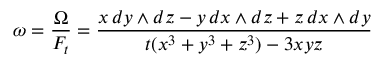
\omega = { \frac { \Omega } { F _ { t } } } = { \frac { x \, d y \wedge d z - y \, d x \wedge d z + z \, d x \wedge d y } { t ( x ^ { 3 } + y ^ { 3 } + z ^ { 3 } ) - 3 x y z } }